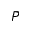
\bar { P }